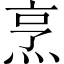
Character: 烹